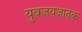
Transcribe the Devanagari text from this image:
युवजयजातक